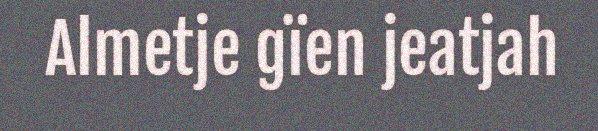
Almetje gïen jeatjah